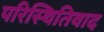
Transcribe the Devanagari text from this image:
परिस्थितिवाद